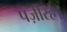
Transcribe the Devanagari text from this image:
पज़ीरहे।